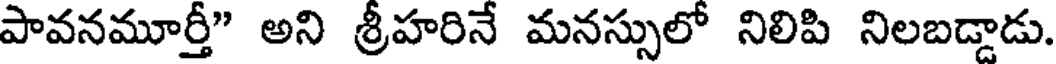
పావనమూర్తీ" అని శ్రీహరినే మనస్సులో నిలిపి నిలబడ్డాడు.